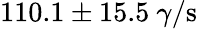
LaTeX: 110.1\pm 15.5~\gamma/\mathrm{s}